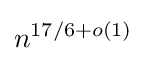
n^{17/6+o(1)}